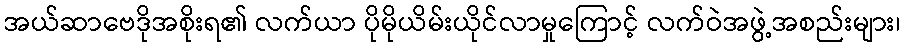
အယ်ဆာဗေဒိုအစိုးရ၏ လက်ယာ ပိုမိုယိမ်းယိုင်လာမှုကြောင့် လက်ဝဲအဖွဲ့အစည်းများ၊